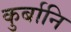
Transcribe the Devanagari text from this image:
कुर्बानि